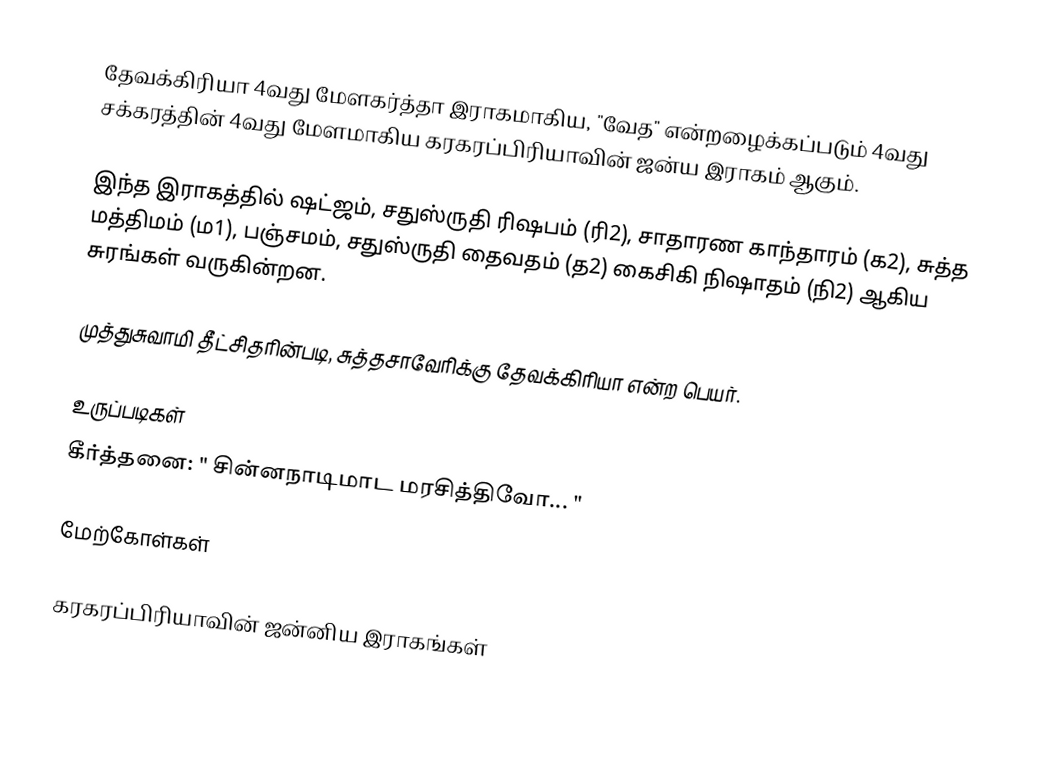
தேவக்கிரியா 4வது மேளகர்த்தா இராகமாகிய, "வேத" என்றழைக்கப்படும் 4வது சக்கரத்தின் 4வது மேளமாகிய கரகரப்பிரியாவின் ஜன்ய இராகம் ஆகும்.

இந்த இராகத்தில் ஷட்ஜம், சதுஸ்ருதி ரிஷபம் (ரி2), சாதாரண காந்தாரம் (க2), சுத்த மத்திமம் (ம1), பஞ்சமம், சதுஸ்ருதி தைவதம் (த2) கைசிகி நிஷாதம் (நி2) ஆகிய சுரங்கள் வருகின்றன.

முத்துசுவாமி தீட்சிதரின்படி, சுத்தசாவேரிக்கு தேவக்கிரியா என்ற பெயர்.

உருப்படிகள்
 கீர்த்தனை: " சின்னநாடிமாட மரசித்திவோ... "

மேற்கோள்கள்

கரகரப்பிரியாவின் ஜன்னிய இராகங்கள்